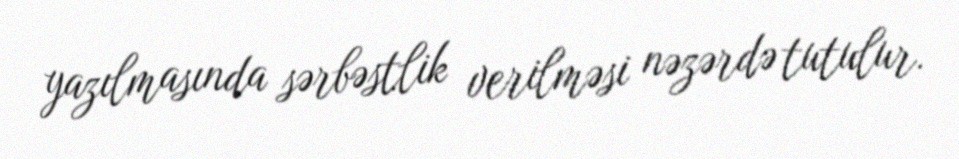
yazılmasında sərbəstlik verilməsi nəzərdə tutulur.